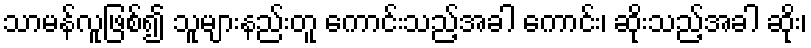
သာမန်လူဖြစ်၍ သူများနည်းတူ ကောင်းသည့်အခါ ကောင်း၊ ဆိုးသည့်အခါ ဆိုး၊